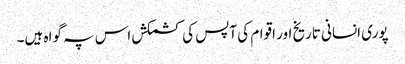
پوری انسانی تاریخ اور اقوام کی آپس کی کشمکش اس پہ گواہ ہیں۔